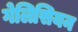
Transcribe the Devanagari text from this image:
गेलिसियन